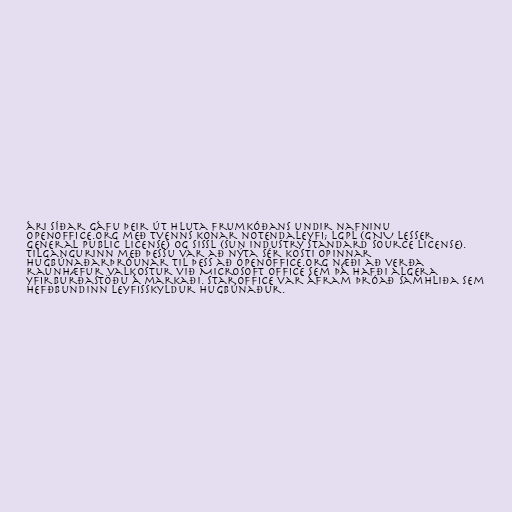
ári síðar gáfu þeir út hluta frumkóðans undir nafninu
OpenOffice.org með tvenns konar notendaleyfi; LGPL (GNU Lesser
General Public License) og SISSL (Sun Industry Standard Source License).
Tilgangurinn með þessu var að nýta sér kosti opinnar
hugbúnaðarþróunar til þess að OpenOffice.org næði að verða
raunhæfur valkostur við Microsoft Office sem þá hafði algera
yfirburðastöðu á markaði. StarOffice var áfram þróað samhliða sem
hefðbundinn leyfisskyldur hugbúnaður.